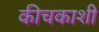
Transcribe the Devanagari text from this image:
कीचकाशी